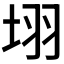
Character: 𭎛